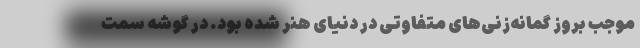
موجب بروز گمانه‌زنی‌های متفاوتی در دنیای هنر شده بود. در گوشه سمت